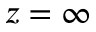
z = \infty